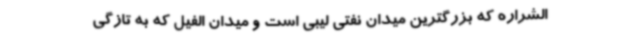
الشراره که بزرگترین میدان نفتی لیبی است و میدان الفیل که به تازگی